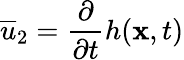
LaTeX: \overline{{u}}_{2}=\frac{\partial}{\partial t}h(\mathbf{x},t)